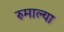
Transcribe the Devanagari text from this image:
रुमाल्या